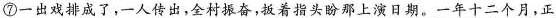
⑦一出戏排成了，一人传出,全村振奋,扳着指头盼那上演日期。\underline{一年十二个月，正}